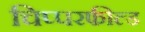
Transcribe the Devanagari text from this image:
चिप्परफील्ड